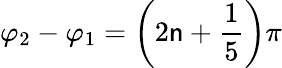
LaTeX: \varphi_{2}-\varphi_{1}=\left(2\mathsf{n}+\frac{{1}}{{5}}\right)\pi